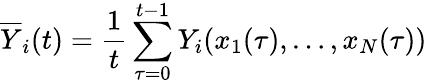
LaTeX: {\overline{{Y}}}_{i}(t)={\frac{1}{t}}\sum_{\tau=0}^{t-1}Y_{i}(x_{1}(\tau),\ldots,x_{N}(\tau))